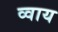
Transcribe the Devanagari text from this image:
व्वाय